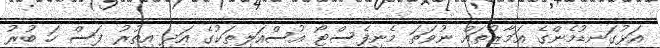
އަޅުގަނޑުމެންގެ އަމާޒުތައް ނުވަތަ މެނިފެސްޓޯ އުސްއަލިތަކުގެ އަދި އިތުރު ފަސް ހަ ބުރު